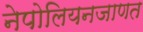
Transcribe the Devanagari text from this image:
नेपोलियनजाणत